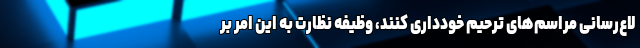
لاع‌رسانی مراسم‌های ترحیم خودداری کنند، وظیفه نظارت به این امر بر